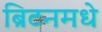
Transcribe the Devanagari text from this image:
ब्रिटनमधे